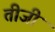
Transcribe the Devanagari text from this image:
तीजी